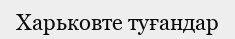
Харьковте туғандар